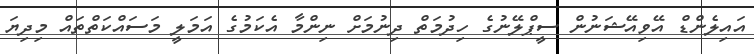
އައިލެންޑް އޭވިއޭޝަނުން ސީޕްލޭނުގެ ހިދުމަތް ދިނުމަށް ނިންމާ އެކަމުގެ އަމަލީ މަސައްކަތްތައް މިދިޔަ